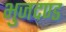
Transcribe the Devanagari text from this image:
भुजदण्ड